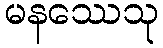
မနဿေသု